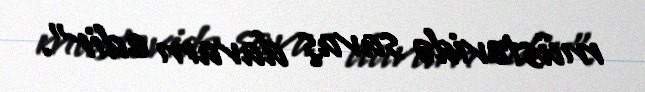
müstəvidə savaş davam edir".